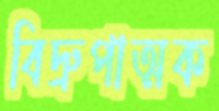
বিদ্রুপাত্মক